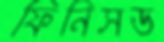
ফিনিসড